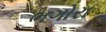
ભગોરા